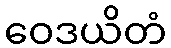
ဝေဒယိတံ